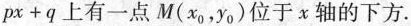
$$px+q$$上有一点M(x_{0}，y_{0})位于x轴的下方.